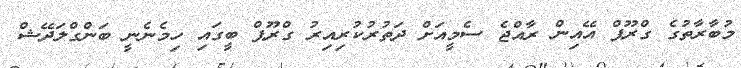
މުބާރާތުގެ ގްރޫޕް އޭއިން ރާއްޖެ ސެމީއަށް ދަތުރުކުރިއިރު ގްރޫޕް ބީގައި ހިމެނެނީ ބަންގްލަދޭޝް